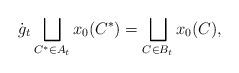
LaTeX: \begin{align*}\dot{g}_t \bigsqcup_{C^*\in A_t} x_0(C^*)=\bigsqcup_{C\in B_t} x_0(C),\end{align*}